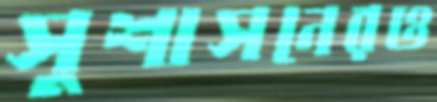
সুশাসনেরও